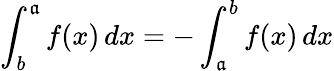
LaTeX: \int_{b}^{\mathfrak{a}}f(x)\, dx=-\int_{\mathfrak{a}}^{b}f(x)\, dx